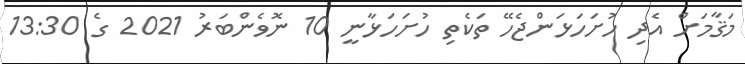
މަޤާމަށް އެދި ހުށަހަޅަންޖެހޭ ތަކެތި ހުށަހަޅާނީ 10 ނޮވެންބަރު 2021 ގެ 13:30